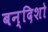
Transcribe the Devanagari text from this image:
बन्दिशो